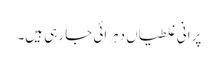
پرانی غلطیاں دہرائی جا رہی ہیں۔